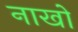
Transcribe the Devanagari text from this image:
नाखो